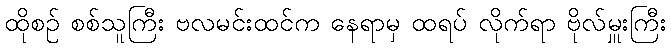
ထိုစဉ် စစ်သူကြီး ဗလမင်းထင်က နေရာမှ ထရပ် လိုက်ရာ ဗိုလ်မှူးကြီး